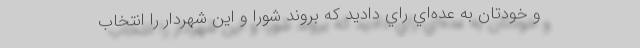
و خودتان به عده‌اي راي داديد كه بروند شورا و اين شهردار را انتخاب